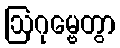
ဩဂုမ္ဗေတွာ